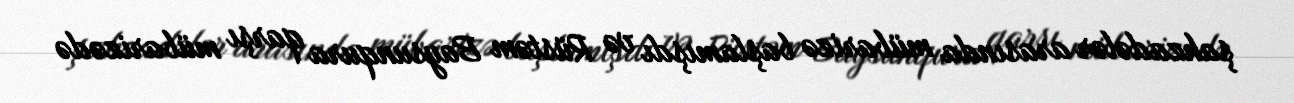
şahzadələr arasında mübarizə başlamışdı və Rüstəm Baysunqura qarşı mübarizədə